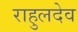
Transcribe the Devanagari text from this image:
राहुलदेव